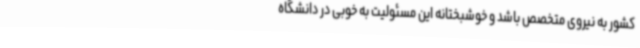
کشور به نیروی متخصص باشد و خوشبختانه این مسئولیت به خوبی در دانشگاه